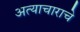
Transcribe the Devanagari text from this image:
अत्‍याचाराचे